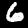
Digit: 6